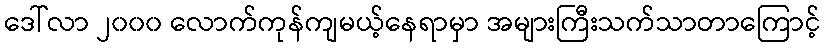
ဒေါ်လာ ၂၀၀၀ လောက်ကုန်ကျမယ့်နေရာမှာ အများကြီးသက်သာတာကြောင့်